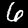
Label: 6